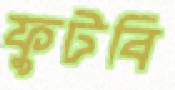
ফুটবি